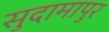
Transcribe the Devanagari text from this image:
सुदामापुर